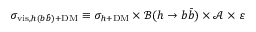
\sigma _ { \mathrm { v i s } , h ( b \bar { b } ) + \mathrm { D M } } \equiv \sigma _ { h + \mathrm { D M } } \times \mathscr { B } ( h \to b \bar { b } ) \times \mathscr { A } \times \varepsilon